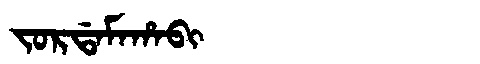
Manchu: ᠵᠣᡵᡩᠠᠮᠠᡥᠠᠪᡳ
Romanization: JORDAMAHABI